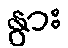
နွား